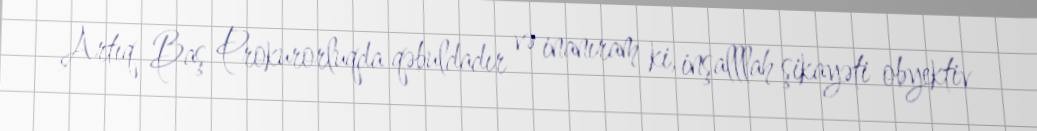
Artıq Baş Prokurorluqda qəbuldadır və inanıram ki, inşalllah şikayəti obyektiv